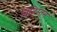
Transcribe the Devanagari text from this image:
बिहिस्तून